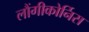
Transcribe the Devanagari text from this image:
लौंगीकोर्निस